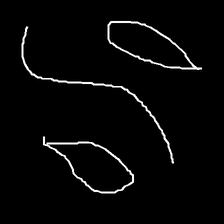
Glyph: water